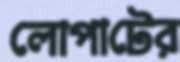
লোপাটের